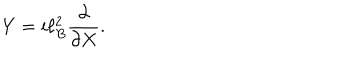
LaTeX: Y = i \ell _ { B } ^ { 2 } \frac { \partial } { \partial X } .